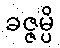
ခဇ္ဇမ္ပိ